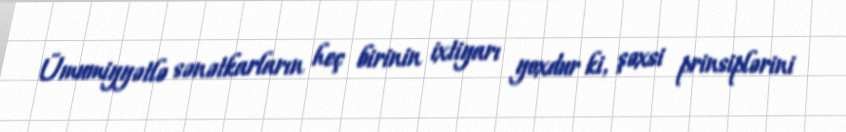
Ümumiyyətlə sənətkarların heç birinin ixtiyarı yoxdur ki, şəxsi prinsiplərini